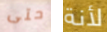
حتى لأنة